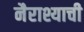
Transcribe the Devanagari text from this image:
नैराश्याची